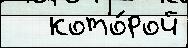
   кото́рой